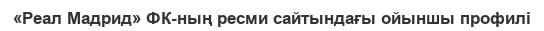
«Реал Мадрид» ФК-ның ресми сайтындағы ойыншы профилі